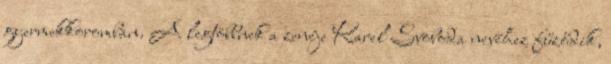
gyermekkoromban. A legtöbbnek a zenéje Karel Svoboda nevéhez fűződik,